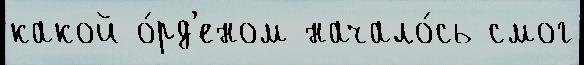
какой о́рд'еном начало́сь смог